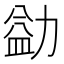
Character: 𪟢